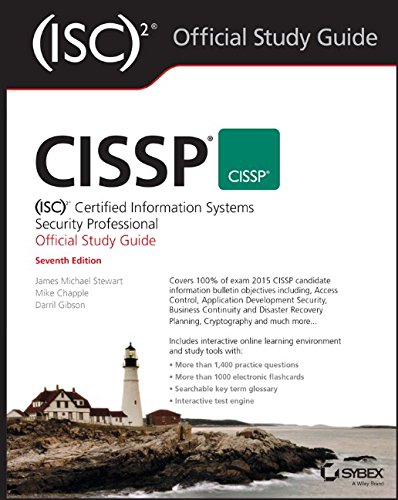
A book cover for CISSP (ISC)2 Certified Information Systems Security Professional Official Study Guide; James M. Stewart; Computers & Technology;